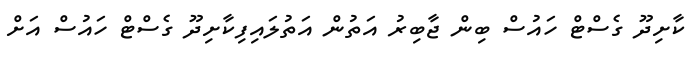
ކާށިދޫ ގެސްޓް ހައުސް ބިން ޖާބިރު އަތުން އަތުލައިފިކާށިދޫ ގެސްޓް ހައުސް އަށް